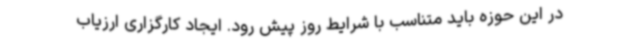
در این حوزه باید متناسب با شرایط روز پیش رود. ایجاد کارگزاری ارزیاب